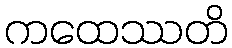
ကထေဿတိ